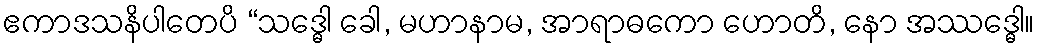
ဧကာဒသနိပါတေပိ “သဒ္ဓေါ ခေါ, မဟာနာမ, အာရာဓကော ဟောတိ, နော အဿဒ္ဓေါ။